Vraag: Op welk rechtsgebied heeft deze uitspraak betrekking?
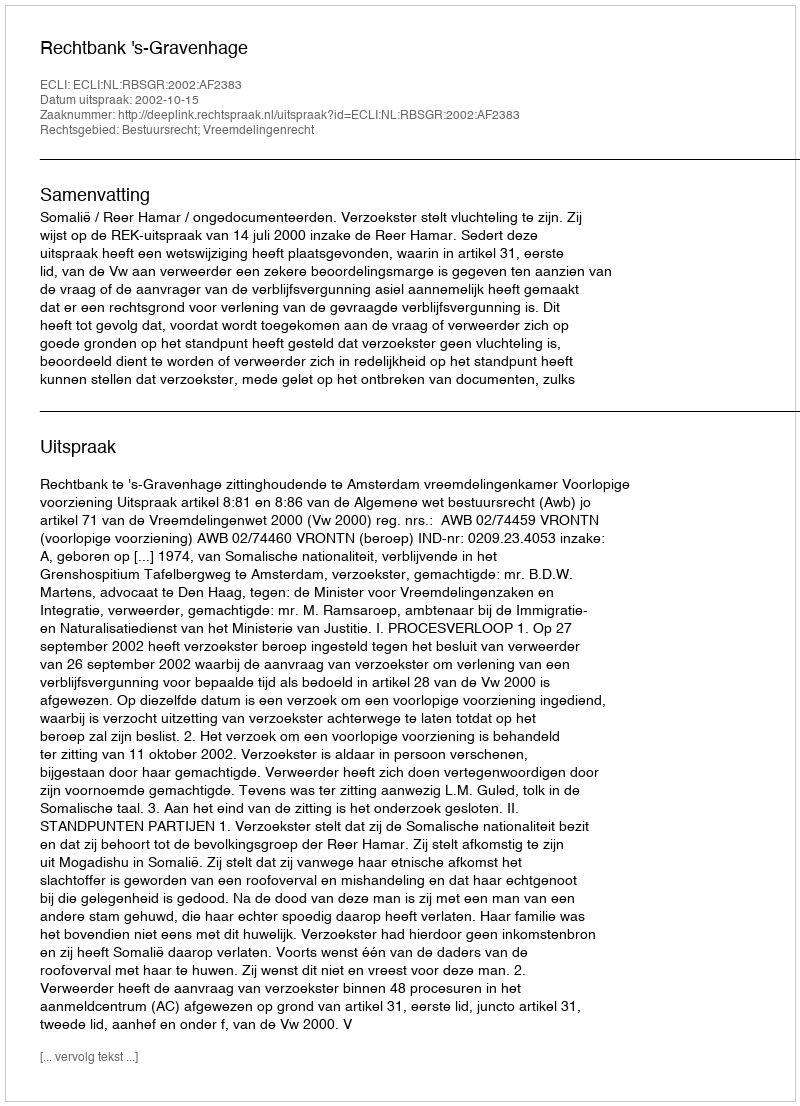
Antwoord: Bestuursrecht; Vreemdelingenrecht